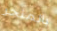
بالمتجر